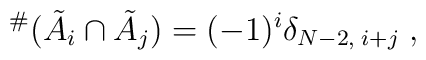
{}^{\#}(\tilde{A}_i \cap \tilde{A}_j) =  (-1)^i \delta_{N-2,\; i+j}\;,